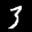
Label: 3